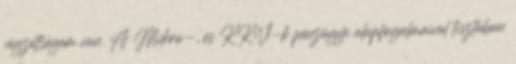
végzettségem van. A Mikro-, és KKV-k pénzügyi alapfogalmaival tisztában